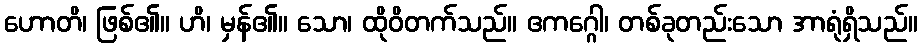
ဟောတိ၊ ဖြစ်၏။ ဟိ၊ မှန်၏။ သော၊ ထိုဝိတက်သည်။ ဧကဂ္ဂေါ၊ တစ်ခုတည်းသော အာရုံရှိသည်။